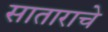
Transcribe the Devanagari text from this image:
साताराचे